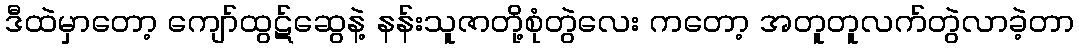
ဒီထဲမှာတော့ ကျော်ထွဋ်ဆွေနဲ့ နန်းသူဇာတို့စုံတွဲလေး ကတော့ အတူတူလက်တွဲလာခဲ့တာ